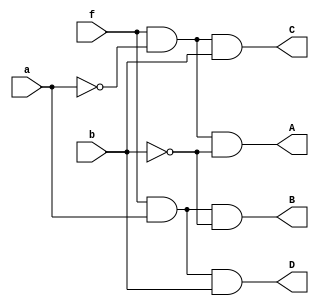
`timescale 1ns / 1ps

module one_to_four_mux(
    input a,b,f,
    output A,B,C,D
    );
assign A=f&~a&~b;
assign B=f&a&~b;
assign C=f&~a&b;
assign D=f&a&b;
endmodule

//a , b